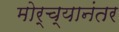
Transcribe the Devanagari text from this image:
मोर्च्यानंतर